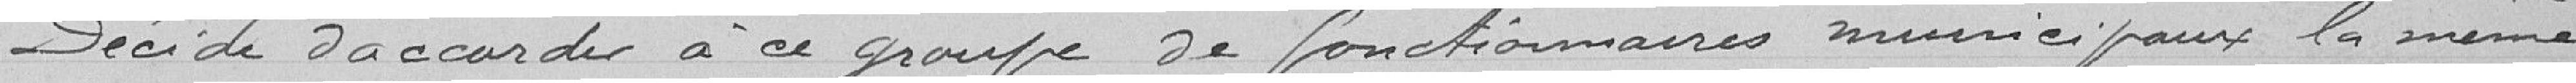
Décide d'accorder à ce groupe de fonctionnaires municipaux la même